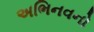
અભિનવનો